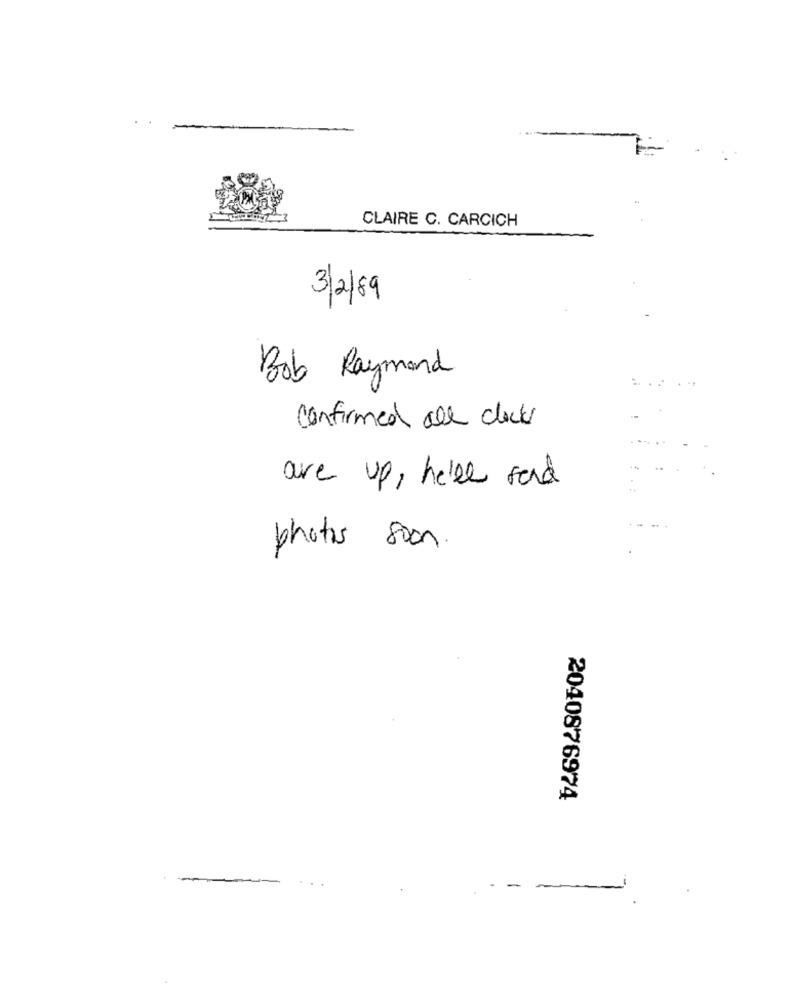
CLAIRE C. CARCICH
3/2/89
Bob Raymond
confirmed all clock
are up , he'll send
photos soon.
2040876974
--